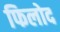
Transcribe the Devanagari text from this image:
फिलोद